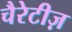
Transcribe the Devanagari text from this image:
चैरेटीज़